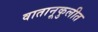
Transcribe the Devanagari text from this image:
वातानूकुलीत